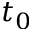
t _ { 0 }